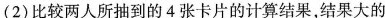
(2)比较两人所抽到的4张卡片的计算结果，结果大的